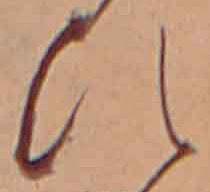
ひ